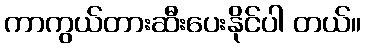
ကာကွယ်တားဆီးပေးနိုင်ပါ တယ်။